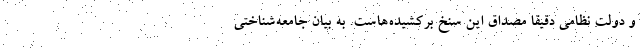
و دولت نظامی دقیقا مصداق این سنخ برکشیده‌هاست. به بیان جامعه‌شناختی